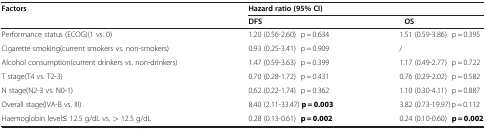
<table><thead><tr><td rowspan="2"><b>Factors</b></td><td colspan="2"><b>Hazard ratio (95% CI)</b></td></tr><tr><td><b>DFS</b></td><td><b>OS</b></td></tr></thead><tbody><tr><td>Performance status (ECOG)(1 vs. 0)</td><td>1.20 (0.56-2.60)p = 0.634</td><td>1.51 (0.59-3.86)p = 0.395</td></tr><tr><td>Cigarette smoking(current smokers vs. non-smokers)</td><td>0.93 (0.25-3.41)p = 0.909</td><td>/</td></tr><tr><td>Alcohol consumption(current drinkers vs. non-drinkers)</td><td>1.47 (0.59-3.63)p = 0.399</td><td>1.17 (0.49-2.77)p = 0.722</td></tr><tr><td>T stage(T4 vs. T2-3)</td><td>0.70 (0.28-1.72)p = 0.431</td><td>0.76 (0.29-2.02)p = 0.582</td></tr><tr><td>N stage(N2-3 vs. N0-1)</td><td>0.62 (0.22-1.74)p = 0.362</td><td>1.10 (0.30-4.11)p = 0.887</td></tr><tr><td>Overall stage(IVA-B vs. III)</td><td>8.40 (2.11-33.47)<b>p = 0.003</b></td><td>3.82 (0.73-19.97)p = 0.112</td></tr><tr><td>Haemoglobin level≤ 12.5 g/dL vs. &gt; 12.5 g/dL</td><td>0.28 (0.13-0.61)<b>p = 0.002</b></td><td>0.24 (0.10-0.60)<b>p = 0.002</b></td></tr></tbody></table>